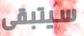
سيتبقى